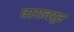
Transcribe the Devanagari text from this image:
वारावर्त